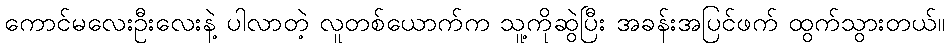
ကောင်မလေးဦးလေးနဲ့ ပါလာတဲ့ လူတစ်ယောက်က သူ့ကိုဆွဲပြီး အခန်းအပြင်ဖက် ထွက်သွားတယ်။